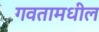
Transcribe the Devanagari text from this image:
गवतामधील